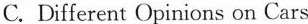
C.Different Opinions on Cars